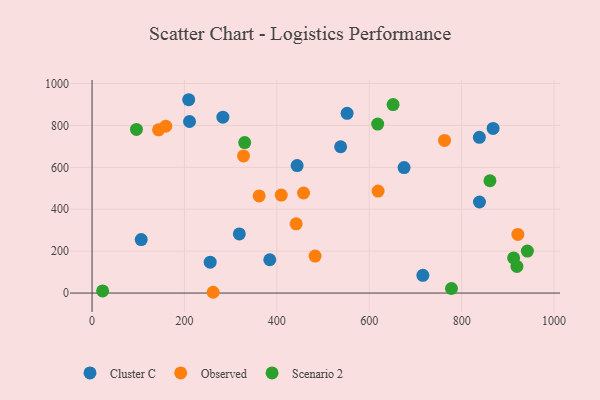
{"axis": {"x": "Speed", "y": "Profit"}, "legend": ["Cluster C", "Observed", "Scenario 2"], "data": [{"x": "552.1", "y": 857.5, "type": "Cluster C"}, {"x": "283.2", "y": 839.4, "type": "Cluster C"}, {"x": "318.8", "y": 282.2, "type": "Cluster C"}, {"x": "538.1", "y": 698.2, "type": "Cluster C"}, {"x": "255.7", "y": 147.5, "type": "Cluster C"}, {"x": "443.9", "y": 608.5, "type": "Cluster C"}, {"x": "716.1", "y": 84.5, "type": "Cluster C"}, {"x": "838.4", "y": 743.1, "type": "Cluster C"}, {"x": "868.1", "y": 785.8, "type": "Cluster C"}, {"x": "384.7", "y": 158.9, "type": "Cluster C"}, {"x": "838.6", "y": 434.5, "type": "Cluster C"}, {"x": "209.2", "y": 922.6, "type": "Cluster C"}, {"x": "211.0", "y": 818.8, "type": "Cluster C"}, {"x": "106.4", "y": 255.3, "type": "Cluster C"}, {"x": "675.4", "y": 598.9, "type": "Cluster C"}, {"x": "144.0", "y": 779.0, "type": "Observed"}, {"x": "159.5", "y": 796.2, "type": "Observed"}, {"x": "763.0", "y": 728.3, "type": "Observed"}, {"x": "482.8", "y": 176.4, "type": "Observed"}, {"x": "457.8", "y": 477.5, "type": "Observed"}, {"x": "361.7", "y": 463.4, "type": "Observed"}, {"x": "409.5", "y": 467.4, "type": "Observed"}, {"x": "921.7", "y": 279.6, "type": "Observed"}, {"x": "441.8", "y": 330.4, "type": "Observed"}, {"x": "327.9", "y": 654.5, "type": "Observed"}, {"x": "619.1", "y": 486.7, "type": "Observed"}, {"x": "262.1", "y": 3.7, "type": "Observed"}, {"x": "96.1", "y": 780.8, "type": "Scenario 2"}, {"x": "861.3", "y": 536.0, "type": "Scenario 2"}, {"x": "912.5", "y": 167.6, "type": "Scenario 2"}, {"x": "651.6", "y": 899.3, "type": "Scenario 2"}, {"x": "942.3", "y": 200.2, "type": "Scenario 2"}, {"x": "22.9", "y": 10.2, "type": "Scenario 2"}, {"x": "330.4", "y": 717.9, "type": "Scenario 2"}, {"x": "618.3", "y": 806.5, "type": "Scenario 2"}, {"x": "919.7", "y": 127.2, "type": "Scenario 2"}, {"x": "778.0", "y": 21.6, "type": "Scenario 2"}]}